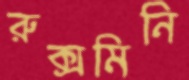
রুক্সমিনি